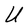
Character: U